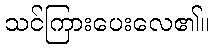
သင်ကြားပေးလေ၏။